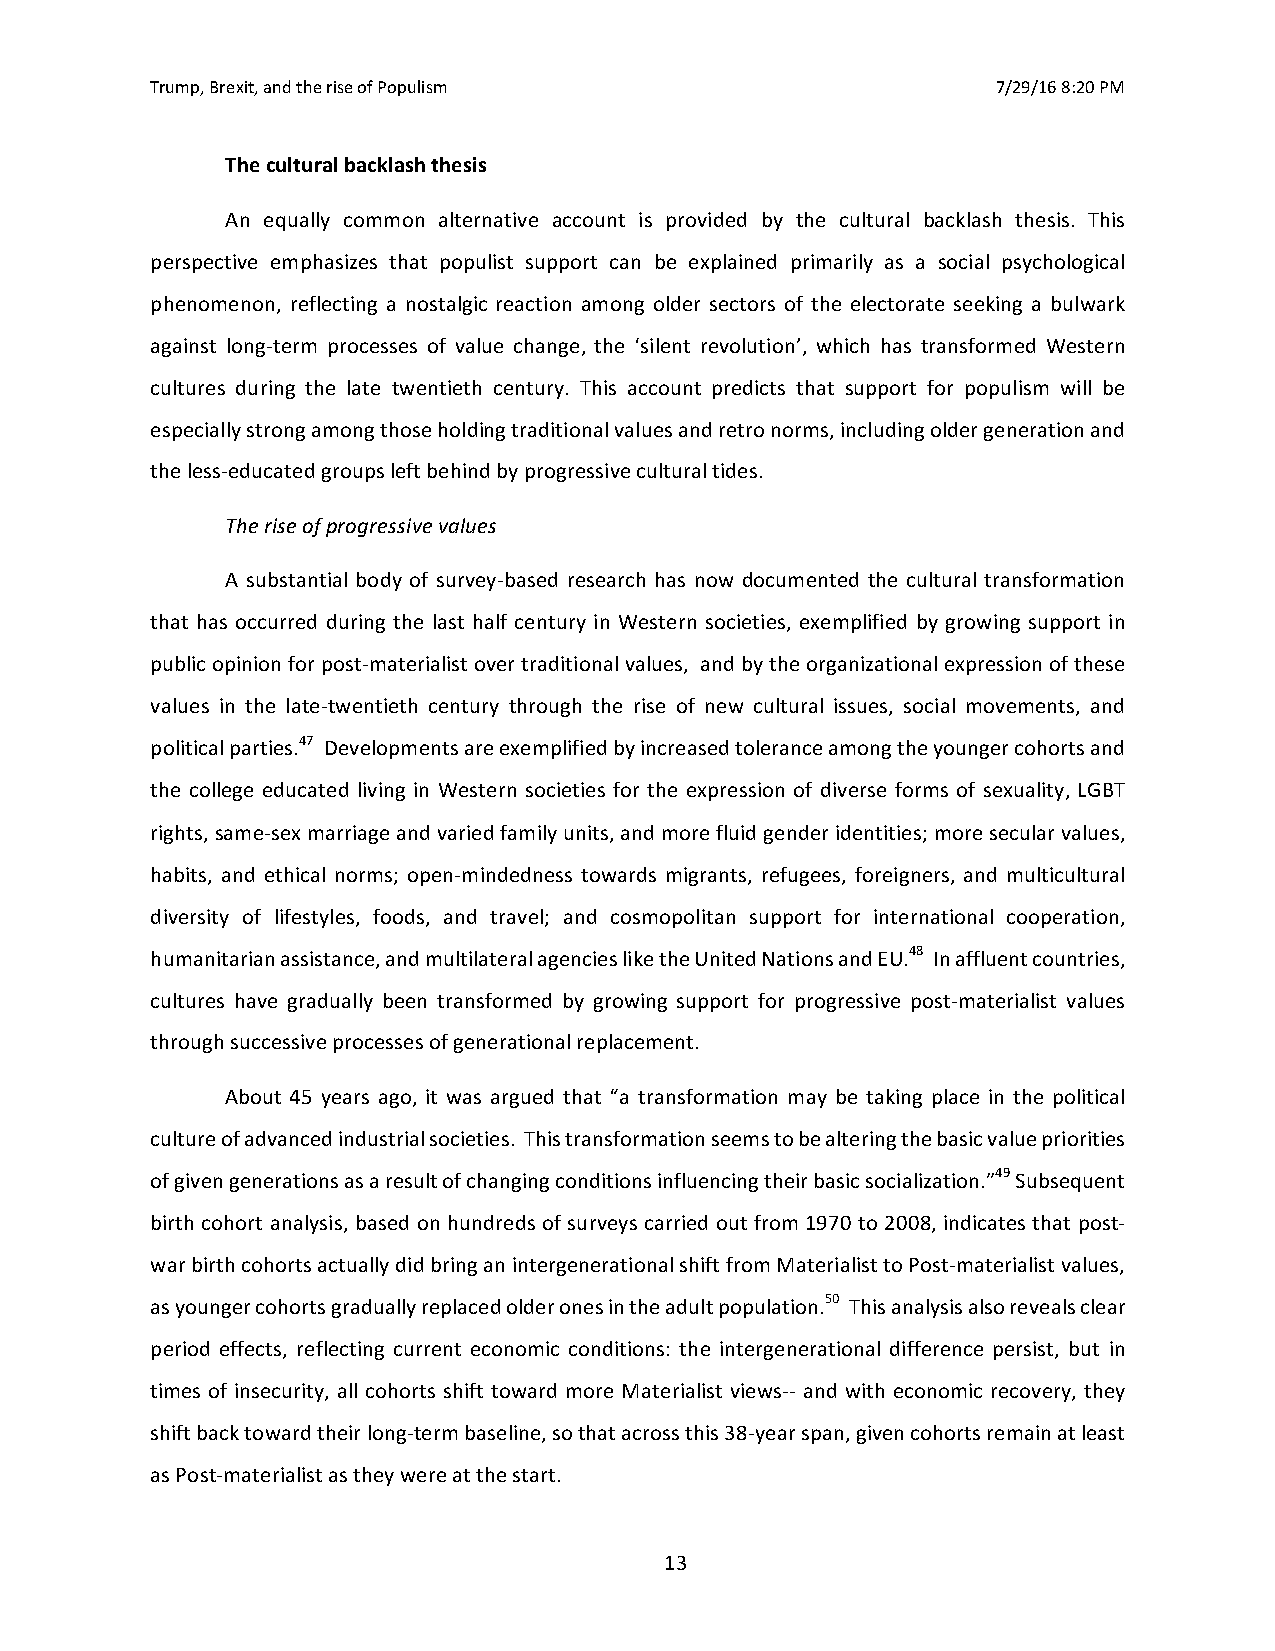
Trump, Brexit, and the rise of Populism                 7/29/16 8:20 PM
 The cultural backlash thesis
 An equally common alternative account is provided by the cultural backlash thesis. This
 perspective emphasizes that populist support can be explained primarily as a social psychological
 phenomenon, reflecting a nostalgic reaction among older sectors of the electorate seeking a bulwark
 against long-term processes of value change, the ‘silent revolution’, which has transformed Western
 cultures during the late twentieth century. This account predicts that support for populism will be
 especially strong among those holding traditional values and retro norms, including older generation and
 the less-educated groups left behind by progressive cultural tides.
 The rise of progressive values
 A substantial body of survey-based research has now documented the cultural transformation
 that has occurred during the last half century in Western societies, exemplified by growing support in
 public opinion for post-materialist over traditional values, and by the organizational expression of these
 values in the late-twentieth century through the rise of new cultural issues, social movements, and
 political parties.47 Developments are exemplified by increased tolerance among the younger cohorts and
 the college educated living in Western societies for the expression of diverse forms of sexuality, LGBT
 rights, same-sex marriage and varied family units, and more fluid gender identities; more secular values,
 habits, and ethical norms; open-mindedness towards migrants, refugees, foreigners, and multicultural
 diversity of lifestyles, foods, and travel; and cosmopolitan support for international cooperation,
 humanitarian assistance, and multilateral agencies like the United Nations and EU.48 In affluent countries,
 cultures have gradually been transformed by growing support for progressive post-materialist values
 through successive processes of generational replacement.
 About 45 years ago, it was argued that “a transformation may be taking place in the political
 culture of advanced industrial societies. This transformation seems to be altering the basic value priorities
 of given generations as a result of changing conditions influencing their basic socialization.”49 Subsequent
 birth cohort analysis, based on hundreds of surveys carried out from 1970 to 2008, indicates that post-
 war birth cohorts actually did bring an intergenerational shift from Materialist to Post-materialist values,
 as younger cohorts gradually replaced older ones in the adult population.50 This analysis also reveals clear
 period effects, reflecting current economic conditions: the intergenerational difference persist, but in
 times of insecurity, all cohorts shift toward more Materialist views-- and with economic recovery, they
 shift back toward their long-term baseline, so that across this 38-year span, given cohorts remain at least
 as Post-materialist as they were at the start.
 13